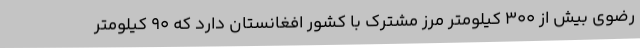
رضوی بیش از 300 کیلومتر مرز مشترک با کشور افغانستان دارد که 90 کیلومتر